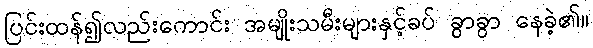
ပြင်းထန်၍လည်းကောင်း အမျိုးသမီးများနှင့်ခပ် ခွာခွာ နေခဲ့၏။